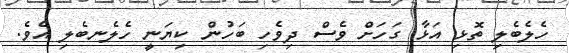
ހެލެބެލި ތޮޅި އަޅާ ގަހަށް ވެސް ދިވެހި ބަހުން ކިޔަނީ ހެލެނބެލި އެވެ.